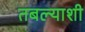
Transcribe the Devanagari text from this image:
तबल्याशी